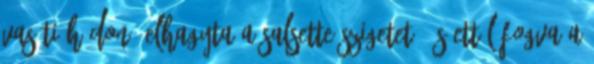
vasúti hídon, elhagyta a Salsette-szigetet, és ettől fogva a